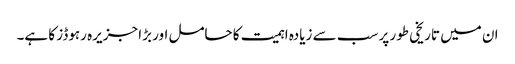
ان میں تاریخی طور پر سب سے زیادہ اہمیت کا حامل اور بڑا جزیرہ رہوڈز کا ہے۔